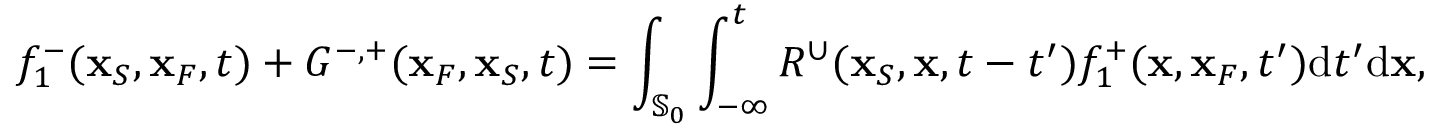
f _ { 1 } ^ { - } ( { \bf x } _ { S } , { \bf x } _ { F } , t ) + G ^ { - , + } ( { \bf x } _ { F } , { \bf x } _ { S } , t ) = \int _ { { \mathbb { S } _ { 0 } } } \int _ { - \infty } ^ { t } R ^ { \cup } ( { \bf x } _ { S } , { \bf x } , t - t ^ { \prime } ) f _ { 1 } ^ { + } ( { \bf x } , { \bf x } _ { F } , t ^ { \prime } ) \mathrm { d } t ^ { \prime } \mathrm { d } { \bf x } ,